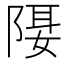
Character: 𨺿